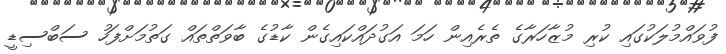
ފުވައްމުލަކުގައި ކުރި މުޒާހަރާގެ ތެރެއިން ހަމަ އަގުދައްކައިގެން ކާޑުގެ ބާވަތްތައް ގަތުމަށްފަހު ސަބްސިޑީ